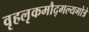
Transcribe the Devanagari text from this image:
वृहलृकमौद्गल्यगोत्रे